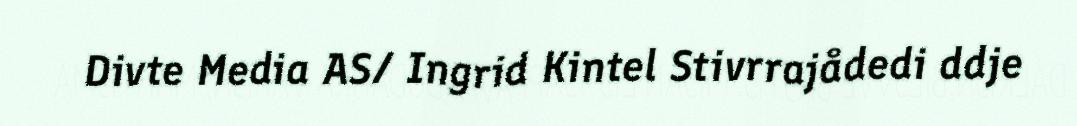
Divte Media AS/ Ingrid Kintel Stivrrajådedi ddje